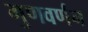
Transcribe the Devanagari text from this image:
गुणवर्णंन